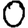
Digit: 0